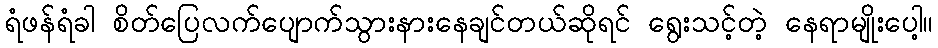
ရံဖန်ရံခါ စိတ်ပြေလက်ပျောက်သွားနားနေချင်တယ်ဆိုရင် ရွေးသင့်တဲ့ နေရာမျိုးပေါ့။